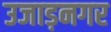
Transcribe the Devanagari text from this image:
उजाड़नगर